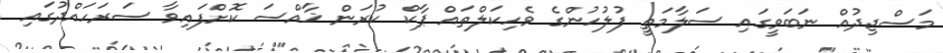
މަސްޖިދުއް ނަބަވީގައި ސަލާމަތީ ފުލުހުންގެ ވެހިކަލްތައް ޕާކް ކުރަން ޚާއްސަ ކޮށްފައިވާ ސަރަހައްދުގައި